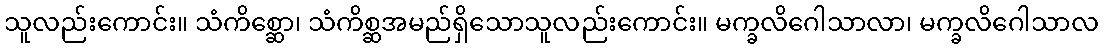
သူလည်းကောင်း။ သံကိစ္ဆော၊ သံကိစ္ဆအမည်ရှိသောသူလည်းကောင်း။ မက္ခလိဂေါသာလာ၊ မက္ခလိဂေါသာလ